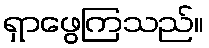
ရှာဖွေကြသည်။